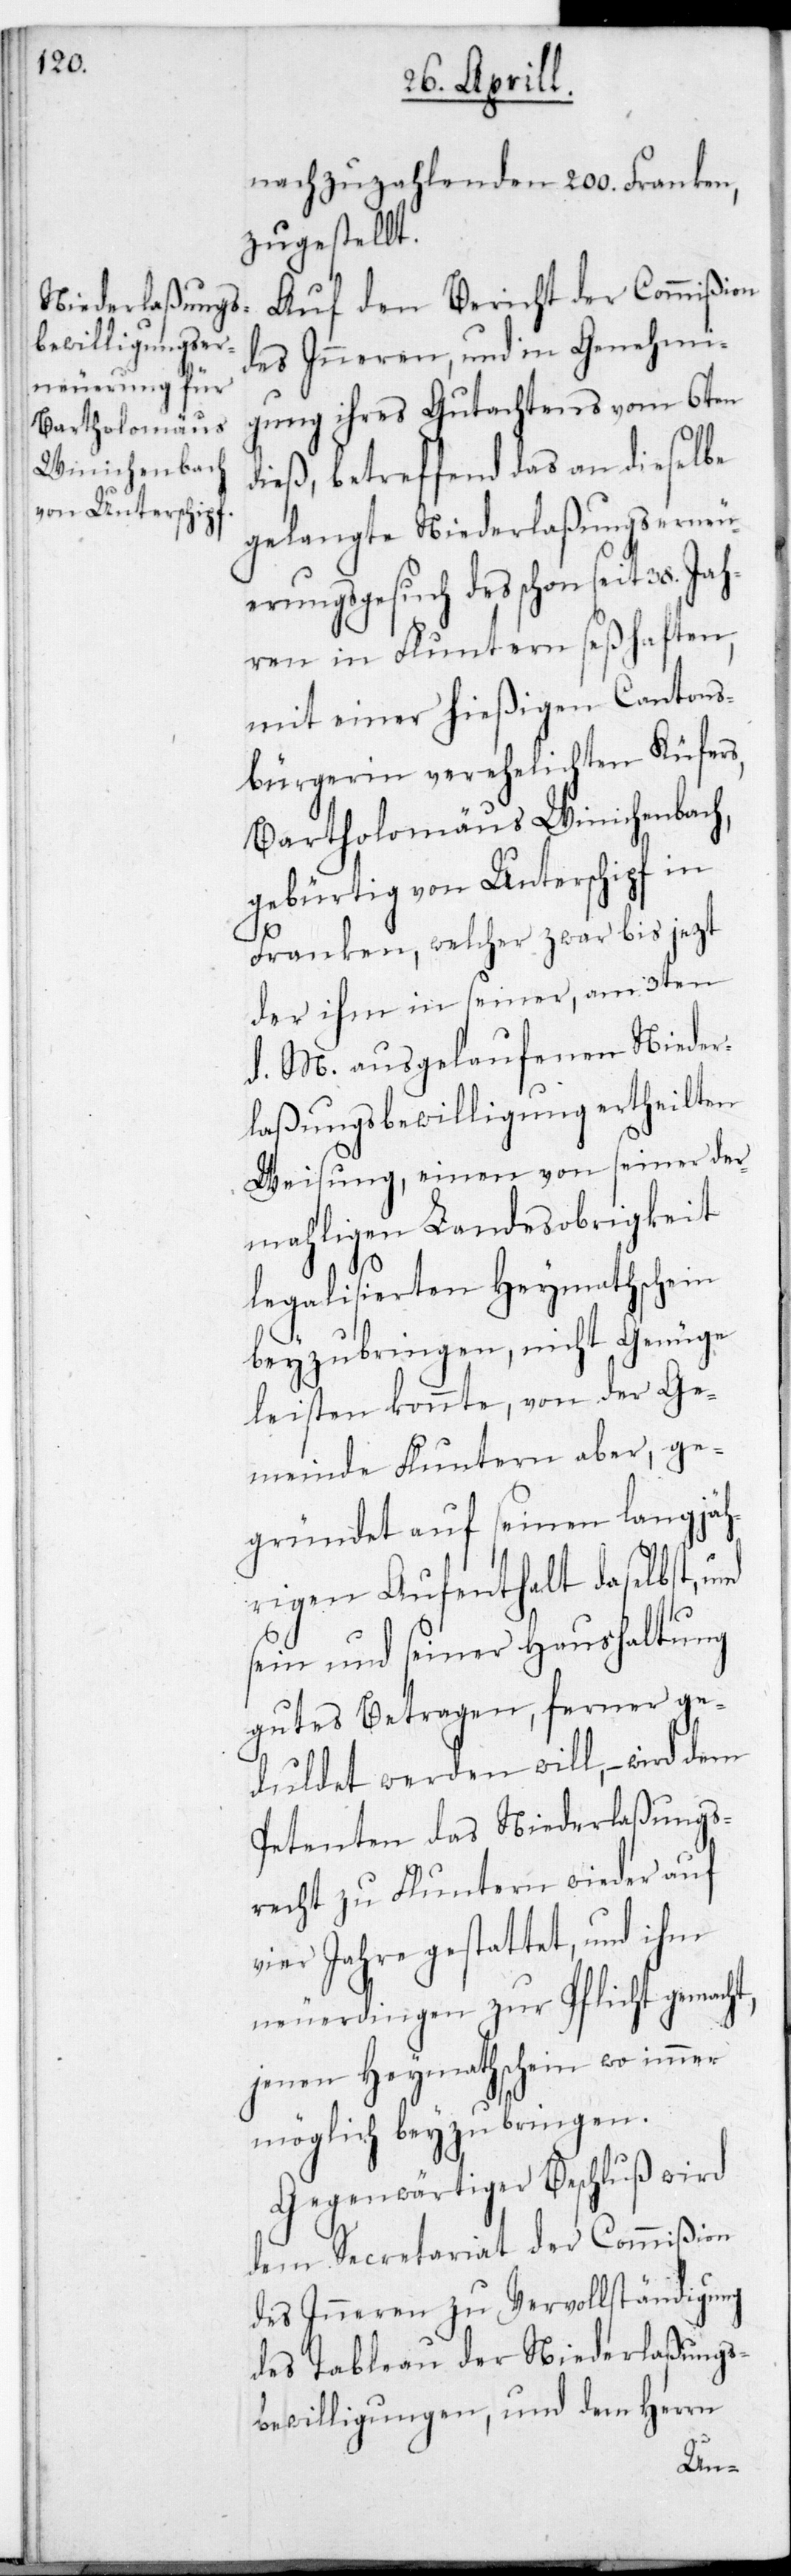
nachzuzahlenden 200. Franken
zugestellt.
Auf den Bericht der Commißion
des Inneren und in Genehmi¬
gung ihres Gutachtens vom 6ten
dieß, betreffend das an dieselbe
gelangte Niederlaßungs-Erneu¬
erungs-Gesuch des schon seit 38.
ren in Fluntern seßhaften,
mit einer hießigen Cantons¬
bürgerin verehelichten Küfers,
Bartholomäus Winichenbach,
gebürtig von Unterschipf in
Franken, welcher zwar bis jetzt
der ihm in seiner, am 3ten
d. M. ausgelaufenen Nieder¬
laßungsbewilligung ertheilten
Weisung, einen von seiner der¬
mahligen Landesobrigkeit
legalisierten Heymathschein
beyzubringen, nicht Genüge
leisten konnte, von der Ge¬
meinde Fluntern aber, ge¬
gründet auf seinen langjäh¬
rigen Aufenthalt daselbst,
sein mit seiner Haushaltung
gutes Betragen, ferner ge¬
duldet werden will, – wird dem
Petenten das Niederlaßungs¬
recht zu Fluntern wieder auf
vier Jahre gestattet, und ihm
neuerdingen zur Pflicht gemacht,
jenen Heymathschein wo immer
möglich, beyzubringen.
Gegenwärtiger Beschluß wird
dem Secretariat der Commißion
des Inneren zu Vervollständigung
des Tableau der Niederlaßungs¬
bewilligungen und dem Herrn
Jah¬